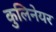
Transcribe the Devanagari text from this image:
कुलिनेयर